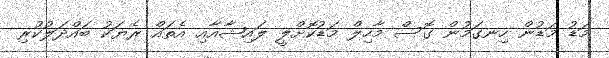
މަޑު މަޑުން ހިނގަމުން ގޮސް މާހިލް މަޑުކޮށްލީ ލައިޝާއާއި އެތައް ރެޔަކު ބައްދަލުކުރި